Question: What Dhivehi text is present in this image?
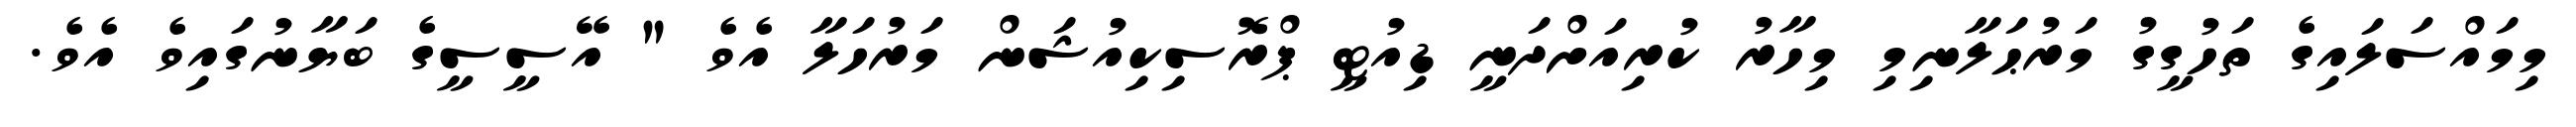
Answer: މިމައްސަލައިގެ ތަހުގީގު މަރުޙަލާނިމި މިހާރު ކުރިއަށްދަނީ ޑިއުޓީ ޕްރޮސިކިއުޝަން މަރުހަލާ އެވެ " އޭސީސީގެ ބަޔާނުގައިވެ އެވެ.